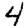
Digit: 4